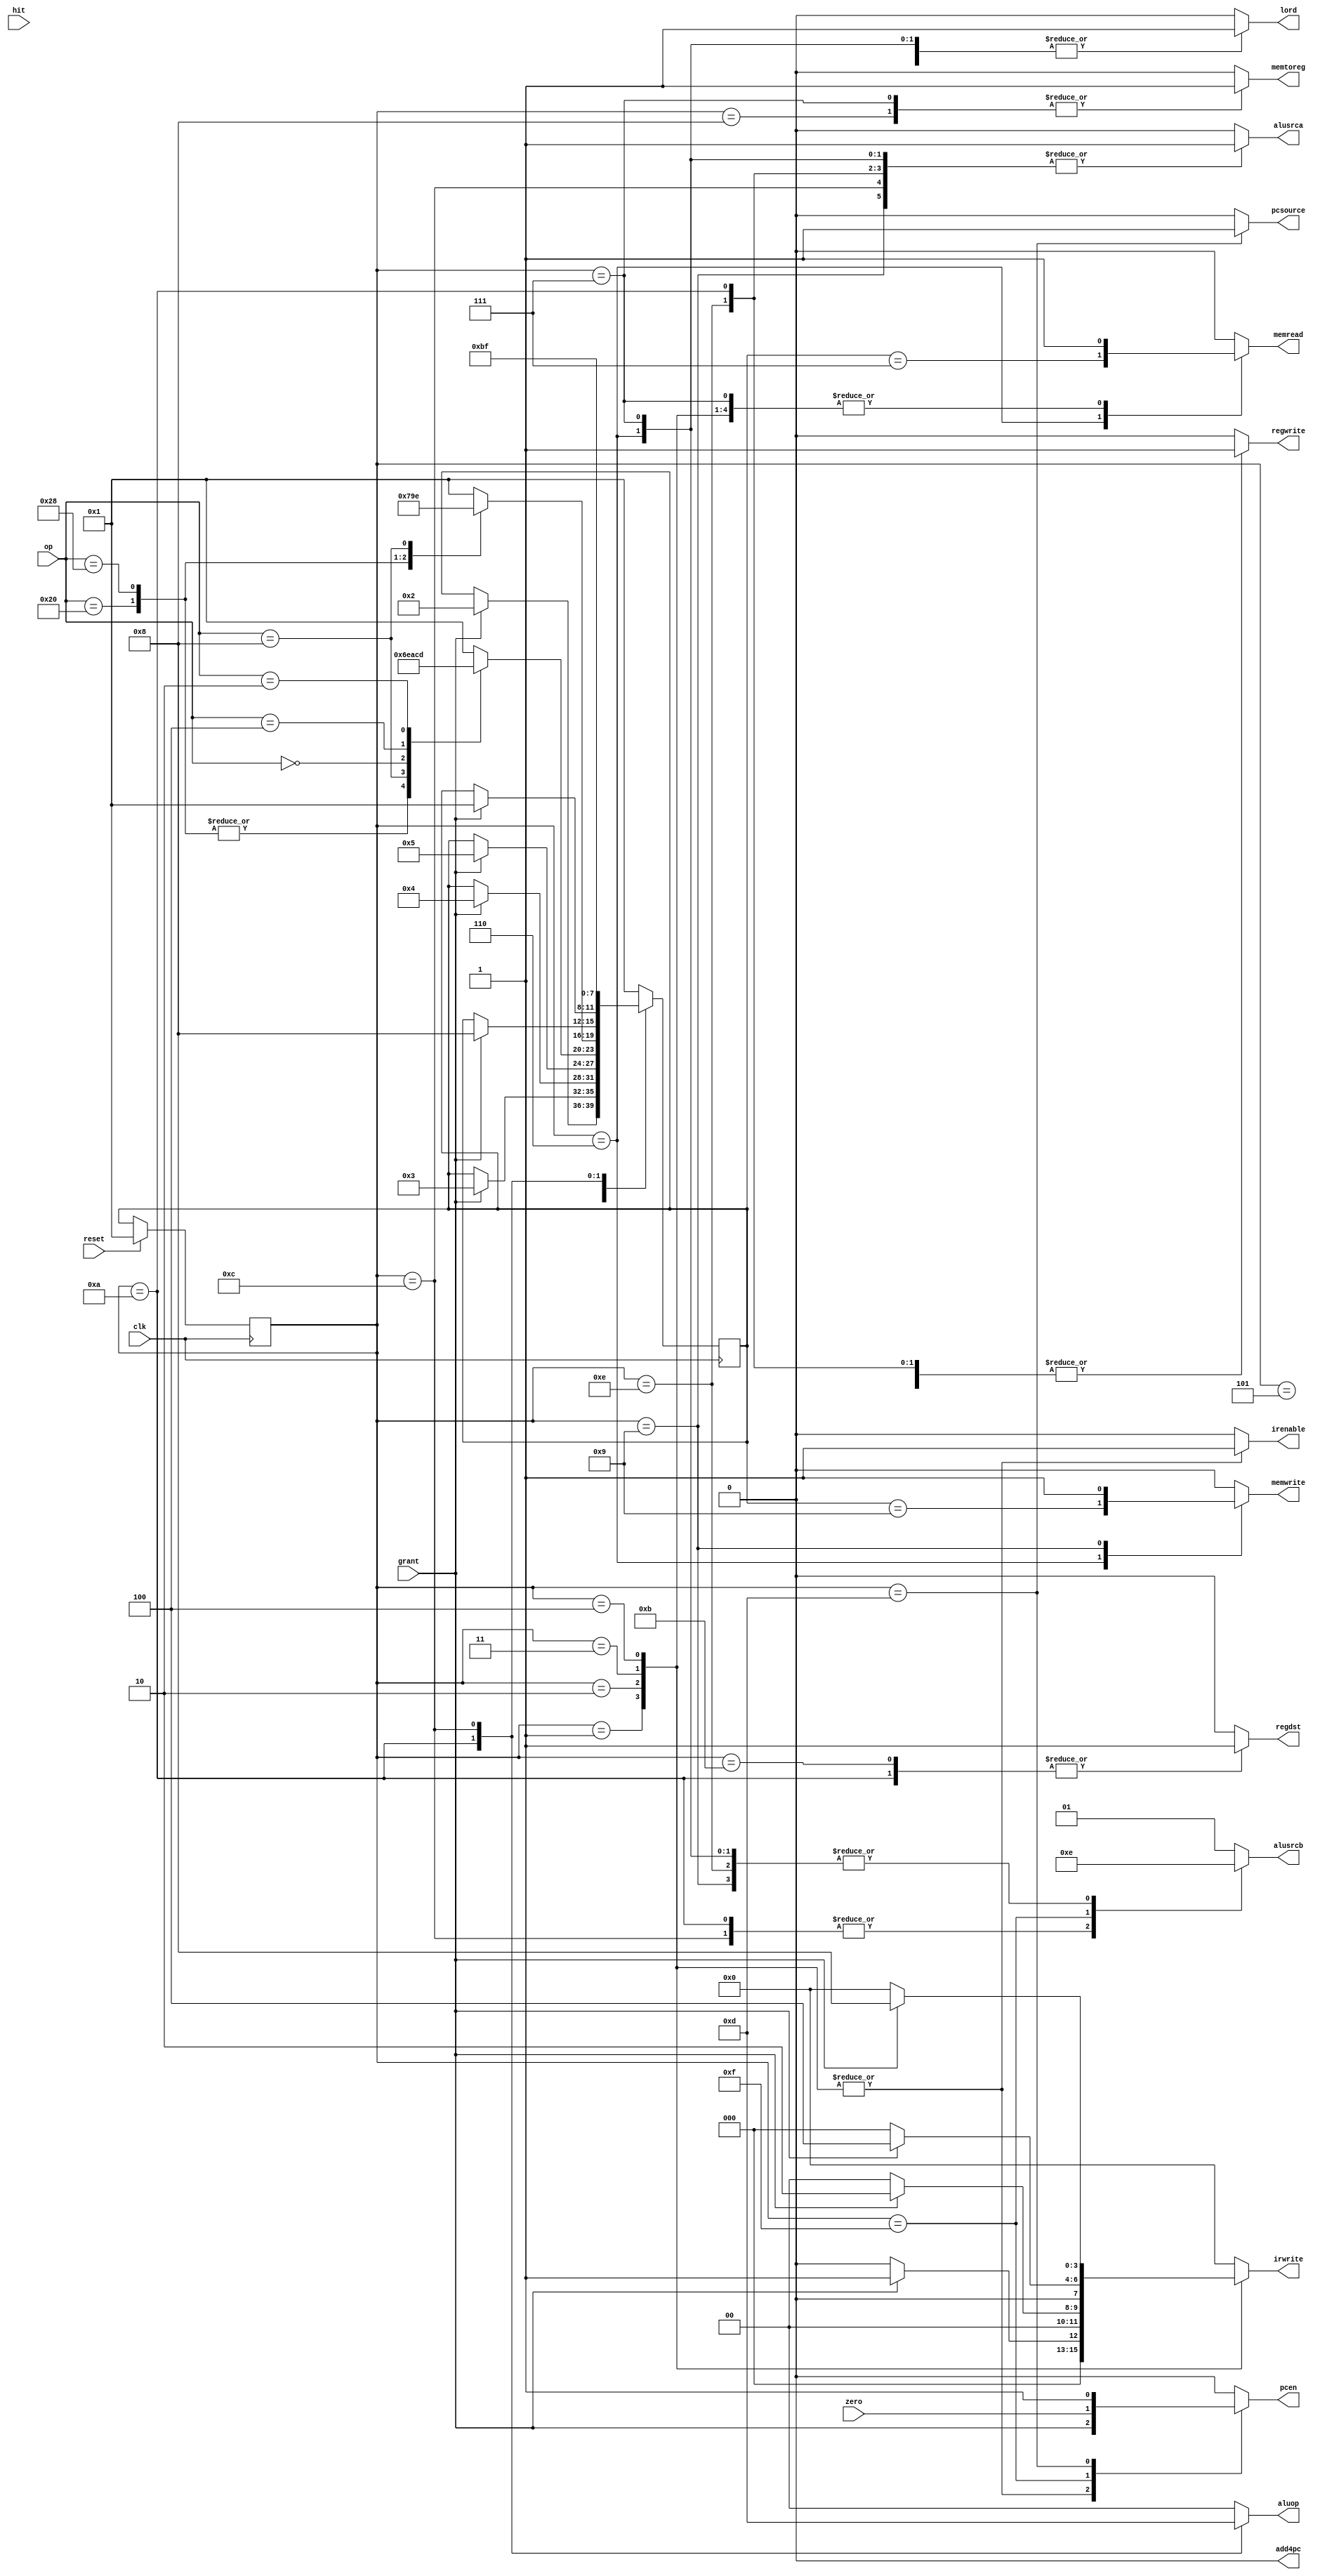
`timescale 1ns / 1ps

module controller(
    input clk,
    input reset,
    input [5:0] op,
    input zero,
    input grant,
    input hit,
    output reg add4pc = 0,
    output reg irenable = 1,
    output reg memread = 0,
    output reg memwrite = 0,
    output reg alusrca = 0,
    output reg memtoreg = 0,
    output reg lord = 0,
    output pcen,
    output reg regwrite = 0, 
    output reg regdst = 0,
    output reg pcsource = 0,
    output reg [1:0] alusrcb = 2'b00, 
    output reg [1:0] aluop = 2'b00,
    output reg [3:0] irwrite = 4'b0000);
    

    parameter CACHE = 4'b0000;
    parameter FETCH1 = 4'b0001;
    parameter FETCH2 = 4'b0010;
    parameter FETCH3 = 4'b0011;
    parameter FETCH4 = 4'b0100;
    parameter DECODE = 4'b0101;
    parameter MEMADR = 4'b0110;
    parameter LBRD = 4'b0111;
    parameter LBWR = 4'b1000;
    parameter SBWR = 4'b1001;
    parameter RTYPEEX = 4'b1010;
    parameter RTYPEWR = 4'b1011;
    parameter BEQEX = 4'b1100;
    parameter JEX = 4'b1101;
    parameter ADDIWR = 4'b1110;
    parameter BEQNEXT = 4'b1111;
    
    
    parameter LB = 6'b100000;
    parameter SB = 6'b101000;
    parameter RTYPE = 6'b000000;
    parameter BEQ = 6'b000100;
    parameter J = 6'b000010;
    parameter ADDI = 6'b001000;
    
    reg [3:0] state = FETCH1, nextstate =  FETCH1;
    reg pcwrite = 0, pcwritecond = 0;
    
//    assign pcen = (pcwritecond & zero) ^ pcwrite;
    assign pcen = pcwrite;
    
    always @(negedge clk)
        begin
        case(state)
            FETCH1: begin
//                if (hit)
//                    nextstate <= DECODE;
                if(grant)
                    nextstate <= FETCH2;
            end
            FETCH2: if(grant) nextstate <= FETCH3;
            FETCH3: if(grant) nextstate <= FETCH4;
            FETCH4: if(grant) nextstate <= DECODE;
            DECODE: 
                case(op)
                    LB: nextstate <= MEMADR;
                    SB: nextstate <= MEMADR;
                    ADDI: nextstate <= ADDIWR;
                    RTYPE: nextstate <= RTYPEEX;
                    BEQ: nextstate <= BEQEX;
                    J: nextstate <= JEX;
                    default: nextstate <= FETCH1;
                endcase
            MEMADR: 
                case(op)
                    LB: nextstate <= LBRD;
                    SB: nextstate <= SBWR;
                    ADDI: nextstate <= ADDIWR;
                    default: nextstate <= FETCH1;
                endcase
            LBRD: if(grant) nextstate <= LBWR;
            LBWR: nextstate <= FETCH1;
            SBWR: if(grant) nextstate <= FETCH1;
            RTYPEEX: nextstate <= RTYPEWR;
            RTYPEWR: nextstate <= FETCH1;
            BEQEX: nextstate <= BEQNEXT;
            BEQNEXT: nextstate <= FETCH1;
            JEX: nextstate <= FETCH1;
            ADDIWR: nextstate <= FETCH1;
            default: nextstate <= FETCH1;
        endcase
    end
    
    always @(*) begin
        irwrite <= 4'b0000;
        pcwrite <= 0;
        pcwritecond <= 0;
        regwrite <= 0;
        regdst <= 0;
        memread <= 0;
        memwrite <= 0;
        alusrca <= 0;
        alusrcb <=2'b01;
        aluop <= 2'b00;
        pcsource <= 0;
        lord <= 0;
        memtoreg <= 0;
        irenable <= 0;
        add4pc <= 0;
        case(state)
            FETCH1:
                begin
                    irenable <= 1;
                    memread <= 1;
                    alusrcb <= 2'b01;
                    pcwrite <= grant ;//| hit;
//                    add4pc <= hit;
                    if (grant)
                        irwrite <= 4'b0001;
                        
                end
            FETCH2:
                begin
                    irenable <= 1;
                    memread <= 1;
                    pcwrite <= grant;
                    alusrcb <= 2'b01;
                    if (grant) 
                        irwrite <= 4'b0010;
                        
                end
            FETCH3:
                begin
                    irenable <= 1;
                    memread <= 1;
                    pcwrite <= grant;
                    alusrcb <= 2'b01;
                  if (grant) 
                        irwrite <= 4'b0100;
                end
            FETCH4:
                begin
                    irenable <= 1;
                    memread <= 1;
                    pcwrite <= grant;
                    alusrcb <= 2'b01;
                    if (grant) 
                        irwrite <= 4'b1000;
                end
            DECODE: begin end
            MEMADR:
                begin
                    alusrca <= 1;
                    aluop <= 2'b00;
                    alusrcb <= 2'b10;
                    lord <= 1;
                    memwrite <= (nextstate == SBWR);
                    memread <= (nextstate == LBRD);
                end
           LBRD:
                begin
                    alusrca <= 1;
                    aluop <= 2'b00;
                    alusrcb <= 2'b10;
                    lord <= 1;
                    memread <= 1;
                    memtoreg <= 1;
                end
           LBWR:
                begin
                    
                    regwrite <= 1;
                    regdst <= 0;
                    memtoreg <= 1;
                end
           SBWR:
                begin
                    alusrca <= 1;
                    aluop <= 2'b00;
                    alusrcb <= 2'b10;
                    lord <= 1;
                    memwrite <= 1;
                end
           RTYPEEX:
                begin
                    alusrca <= 1;
                    alusrcb <= 2'b00;
                    aluop <= 2'b11;
                    regwrite <= 1;
                    regdst <= 1;
                end
           RTYPEWR:
                begin
//                    regwrite <= 1;
                    regdst <= 1;
                    memtoreg <= 0;
                end
           BEQEX:
                begin
                    alusrca <= 1;
                    alusrcb <= 2'b00;
                    aluop <= 2'b01;
                end
           BEQNEXT:
                begin
                    alusrca <= 0;     
                    alusrcb <= 2'b11; 
                    aluop <= 2'b00;
                    pcwrite <= zero; // grant??  
                end
           ADDIWR:
               begin
                    alusrca <= 1;
                    regwrite <= 1;
                    memtoreg <= 0;
                    alusrcb <= 2'b10;
                    aluop <= 2'b00;
               end
           JEX:
                begin
                   pcsource <= 1;
                   pcwrite <= 1;
                end       
            
        endcase
    end
    
    always @(posedge clk) begin
        if (reset)
            state <= FETCH1;
        else
            state <= nextstate;
    end
    
    

    
endmodule